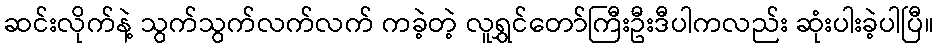
ဆင်းလိုက်နဲ့ သွက်သွက်လက်လက် ကခဲ့တဲ့ လူရွှင်တော်ကြီးဦးဒီပါကလည်း ဆုံးပါးခဲ့ပါပြီ။